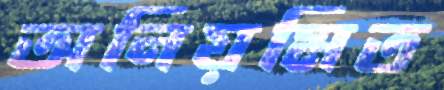
অনিয়মিত